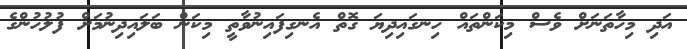
އަދި މިހާތަނަށް ވެސް މިކަންތައް ހިނގައިދިޔަ ގޮތް އެނގިފައިނުވާތީ މިކަން ބަލައިދިނުމަށް ފުލުހުންގެ